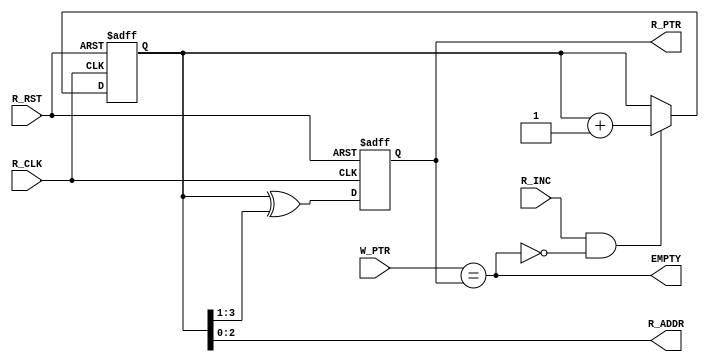
module FIFO_RD #(
    parameter  ADDRESS_WIDTH = 3
) (
    input  R_CLK , R_RST ,
    input  R_INC , 
    input  [ADDRESS_WIDTH : 0] W_PTR ,
    output [ADDRESS_WIDTH-1 :0] R_ADDR ,
    output reg [ADDRESS_WIDTH : 0] R_PTR ,
    output EMPTY
) ;
    reg [ADDRESS_WIDTH : 0] Counter ;

    
    always @(posedge R_CLK , negedge R_RST ) begin
        if(~R_RST) begin
            Counter <= 0 ;
        end
        else if (R_INC && !EMPTY) begin
            Counter <= Counter + 1 ;
        end
    end

    // Gray Code 
    always @(posedge R_CLK , negedge R_RST ) begin
        if(~R_RST) begin
            R_PTR <= 0 ;
        end
        else begin
            R_PTR <= Counter ^ (Counter >>1);
        end
    end

    assign EMPTY = (W_PTR == R_PTR);
    assign R_ADDR = Counter[ADDRESS_WIDTH-1:0];
    
endmodule